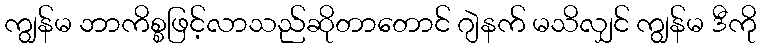
ကျွန်မ ဘာကိစ္စဖြင့်လာသည်ဆိုတာတောင် ဂျဲနက် မသိလျှင် ကျွန်မ ဒီကို